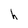
Character: h